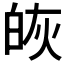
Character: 𭽔